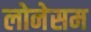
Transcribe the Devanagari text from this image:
लोनेसम